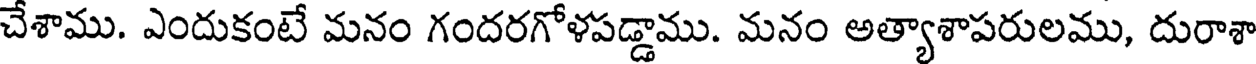
చేశాము. ఎందుకంటే మనం గందరగోళపడ్డాము. మనం అత్యాశాపరులము, దురాశా